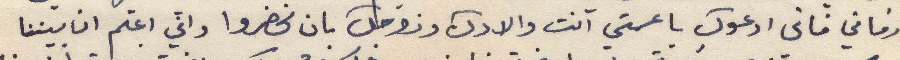
ورفاقي فاني ادعوك يا عمتي انت والادك وزوجك بان تحضروا واني اعلم ان بيننا